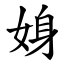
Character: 㛛